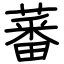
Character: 蕃